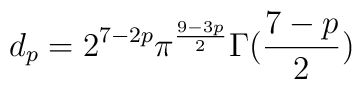
d_{p}=2^{7-2p}\pi ^{\frac{9-3p}{2}}\Gamma (\frac{7-p}{2})